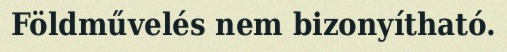
Földművelés nem bizonyítható.